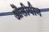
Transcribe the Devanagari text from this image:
औलीवीन